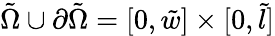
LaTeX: \tilde{\Omega}\cup\partial\tilde{\Omega}=[0,\tilde{w}]\times[0,\tilde{l}]